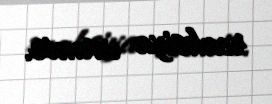
reaksiya vermir.